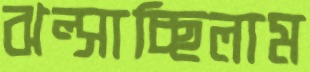
ঝল্‌সাচ্ছিলাম